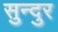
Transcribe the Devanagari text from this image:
सुन्दुर